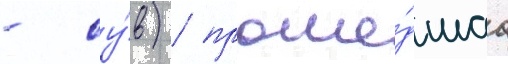
- су́в) / проше́дшаа